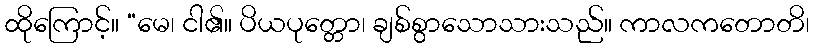
ထိုကြောင့်။ “မေ၊ ငါ၏။ ပိယပုတ္တော၊ ချစ်စွာသောသားသည်။ ကာလကတောတိ၊